Education (Scotland) Act, 1918, 1918
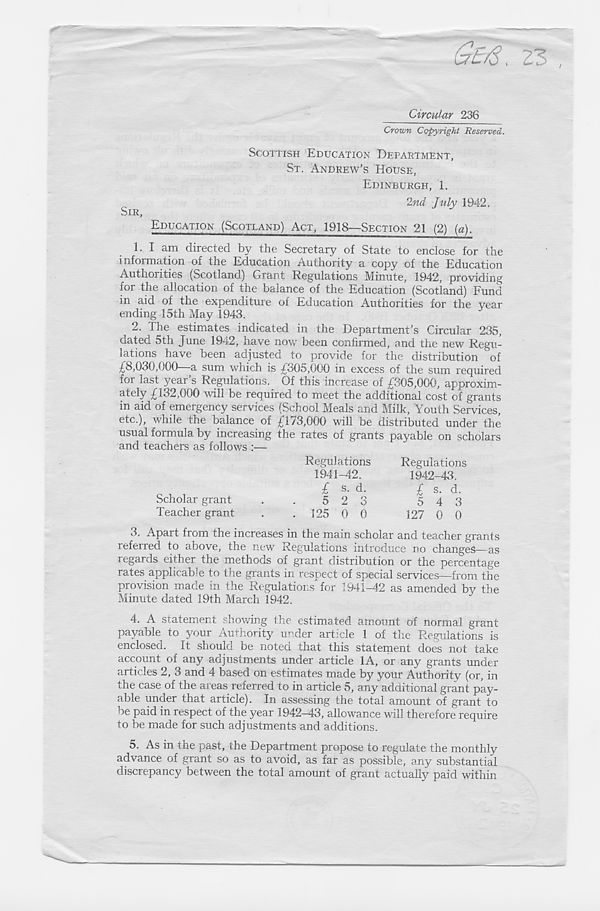
Circular 236
Crown Copyright Reserved.
SIR,
SCOTTISH EDUCATION DETARTMENT,
ST. ANDREW’S HOUSE,
EDINBURGH, 1.
2nd July 1942.
EDUCATION (SCOTLAND) ACT, 1918—SECTION 21 (2) {a).
1. I am directed by the Secretary of State to enclose for the
information of the Education Authority a copy of the Education
Authorities (Scotland) Grant Regulations Minute, 1942, providing
for the allocation of the balance of the Education (Scotland) Fund
in aid of the expenditure of Education Authorities for the year
ending 15th May 1943.
^ 2. The estimates indicated in the Department’s Circular 235,
dated 5th June 1942, have now been confirmed, and the new Regu-
lations have been adjusted to provide for the distribution of
£8,030,000—a sum which is £305,000 in excess of the sum required
for last year’s Regulations. Of this increase of £305,000, approxim-
atel y £132,000 will be required to meet the additional cost of grants
in aid of emergency services (School Meals and Milk, Youth Services,
etc.), while the balance of £173,000 will be distributed under the
usual formula by increasing the rates of grants payable on scholars
and teachers as follows :—
Regulations
Regulations
1941-42.
1942-43.
£ s. d.
£ s. d.
5 2 3
5 4 3
125 0 0
127 0 0
Scholar grant
Teacher grant
3. Apart from the increases in the mam scholar and teacher grants
referred to above, the new Regulations introduce no changed—as
regards either the methods of grant distribution or the percentage
rates applicable to the grants in respect of special services—from the
provision made in the Regulations for 1941-42 as amended by the
Minute dated 19th March 1942.
4. A statement showing the estimated amount of normal grant
payable to your Authority under article 1 of the Regulations is
enclosed. It should be noted that this statement does not take
account of any adjustments under article 1A, or any grants under
articles 2, 3 and 4 based on estimates made by your Authority (or, in
the case of the areas referred to in article 5, any additional grant pay-
able under that article). In assessing the total amount of grant to
be paid in respect of the year 1942-43, allowance will therefore require
to be made for such adjustments and additions.
5. As in the past, the Department propose to regulate the monthly
advance of grant so as to avoid, as far as possible, any substantial
discrepancy between the total amount of grant actually paid within